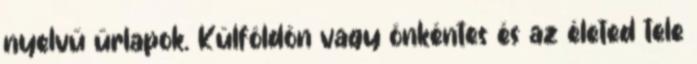
nyelvű űrlapok. Külföldön vagy önkéntes és az életed tele